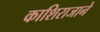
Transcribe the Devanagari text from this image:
काशिराजाने